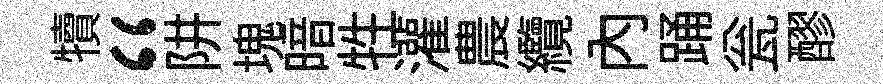
犢“阱塊暗牲灌農纜內踊瓮醪